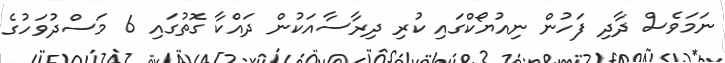
ނަމަވެސް ދާދި ފަހުން ނިއުޔޯކްގައި ކުރި ދިރާސާއަކުން ދައްކާ ގޮތުގައި 6 މަސްދުވަހުގެ